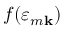
f ( \varepsilon _ { m \mathbf { k } } )